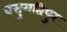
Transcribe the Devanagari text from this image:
वसुमतिपुर